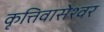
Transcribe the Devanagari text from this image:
कृत्तिवासेश्वर